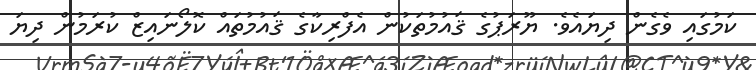
ކަމުގައި ވެގެން ދިޔައެވެ. ޔޫރަޕުގެ ޤައުމުތަކުން އެފްރިކާގެ ޤައުމުތައް ކޮލޯނައިޒް ކުރަމުން ދިޔަ